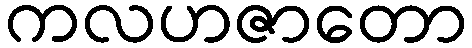
ကလဟဇာတော